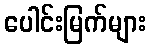
ပေါင်းမြက်များ